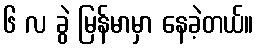
၆ လ ခွဲ မြန်မာမှာ နေခဲ့တယ်။